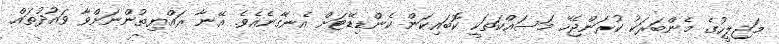
މަޖިލީހުގެ މެންބަރަކު ކުރަންޖެހޭ މަސައްކަތަކީ ކޮބައިކަން ކެންޑިޑޭޓަށް އެނގޭނެއެވެ. އޭނާ ރައްޔިތުންނަށްވާ ވައުދުތައް